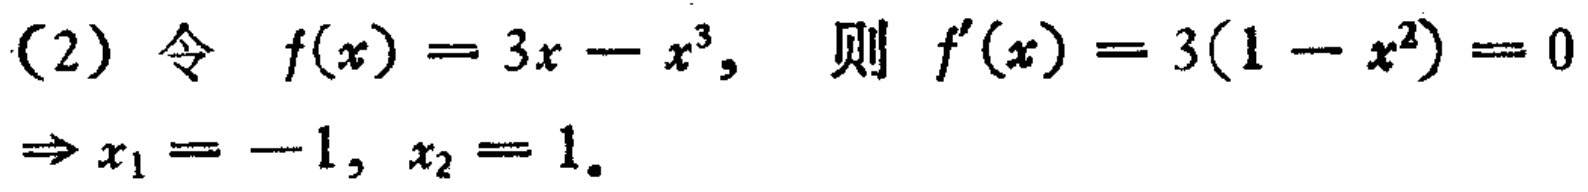
(2) 令 \(f(x)=3x - x^{3}\), 则 \(f^{\prime}(x)=3(1 - x^{2}) = 0\Rightarrow x_{1}=-1,\ x_{2}=1\).